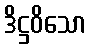
ဒိဋ္ဌဝိသော